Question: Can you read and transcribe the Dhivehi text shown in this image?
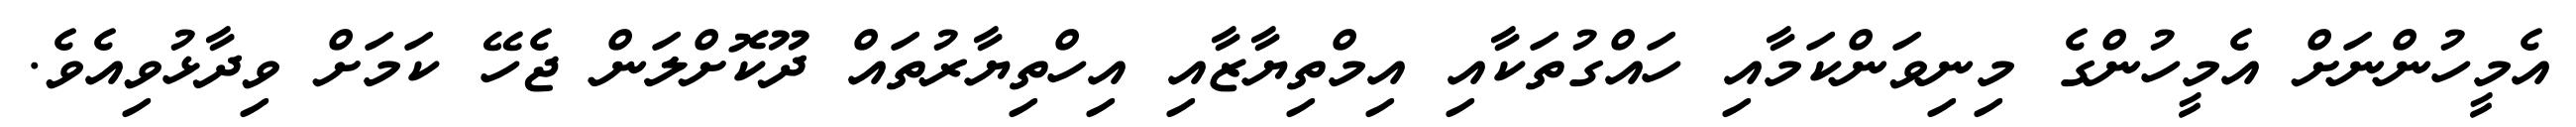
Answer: އެމީހުންނަށް އެމީހުންގެ މިނިވަންކަމާއި ހައްގުތަކާއި އިމްތިޔާޒާއި އިހްތިޔާރުތައް ދޫކޮށްލަން ޖެހޭ ކަމަށް ވިދާޅުވިއެވެ.